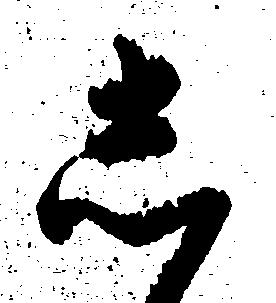
し